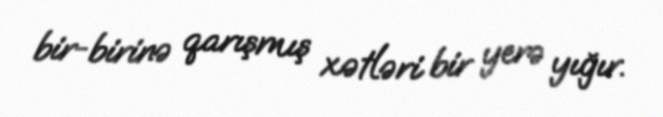
bir-birinə qarışmış xətləri bir yerə yığır.